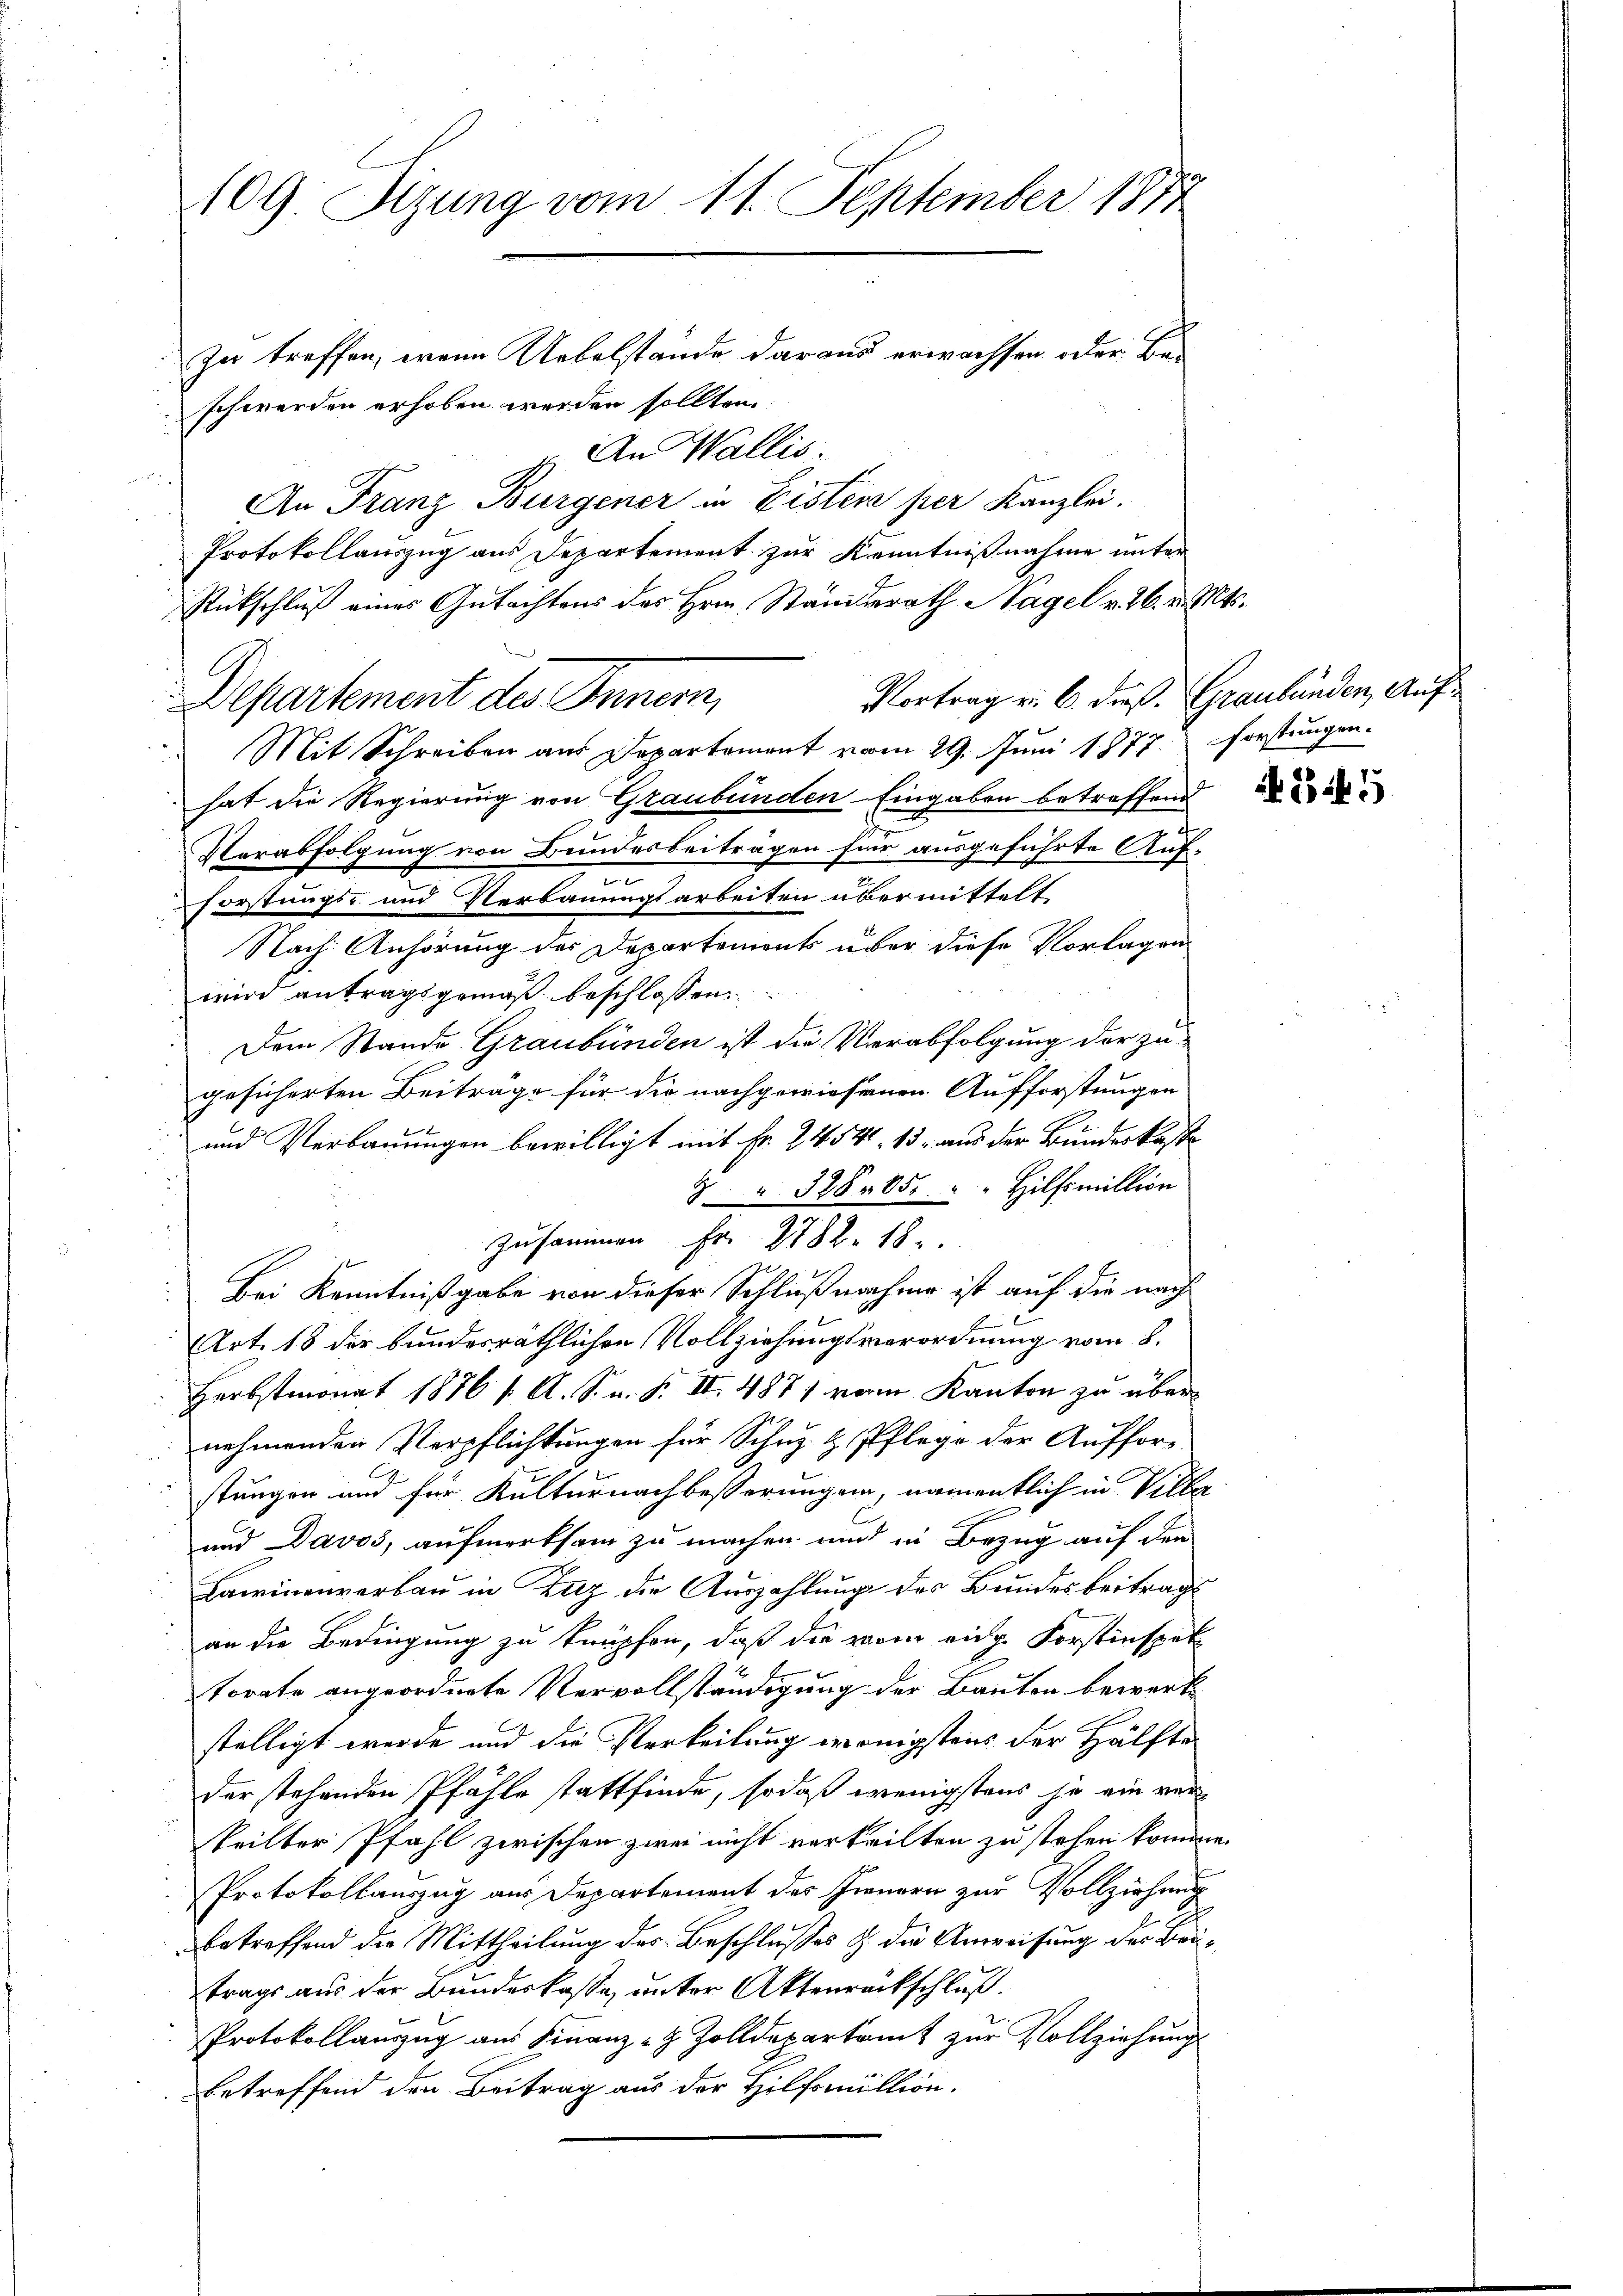
109. Sizung vom 11. September 1874
zu treffen, wenn Uebelstände daraus erwachsen oder Beschwerden erhoben werden sollten.

An Wallis.
An Franz Burgener in Eisten per Kanzlei.
Protokollauszug aus Departement zur Kenntnißnahme unter
Rückschluß eines Gutachtens des Hrn. Standerath Nagel v. 26. v. Mts.
Vortrag v. 6. dieß. Graubünden, Auf¬
Mit Schreiben aus Departement vom 29. Juni 1877. Forstungen.
hat die Regierung von Graubünden Eingaben betreffend
Verabfolgung von Bundesbeiträgen für ausgeführte Auf-
v
Forstungs- und Verbauungsarbeiten übermittelt
Nach Anhörung des Departements über diese Vorlagen
wird antragsgemäß beschlossen:
Dem Stande Graubünden ist die Verabfolgung der zu-
gesicherten Beitrage für die nachgewiesenen Aufforstungen
 und Verbauungen bewilligt mit Fr. 2454. 15 aus der Bundeskaste
 32805. " " Hilfsmillion
zusammen Fr. 282. 18
Bei Kenntnißgabe von dieser Schlußnahme ist auf die nach
Art. 18 der bundesräthlichen Vollziehungsverordnung vom 8.
Herbstmonat 1876 1. A. S. n. F. II. 487 vom Kanton zu übernehmenden Verpflichtungen für Schuz- & Pflege der Auffor-
stungen und für Kulturnachbesserungen, namentlich in Villa
und Davos, aufmerksam zu machen und in Bezug auf den
Lawinenverbau in Zuz die Auszahlung des Bundesbeitrags
an die Bedingung zu knüpfen, daß die vom eidg. Forstinspek
torate angeordnete Vervollständigung der Bauten bewerke
stelligt werde und die Verteilung wenigstens der Hälfte
der stehenden Pfähle stattfinde, sodaß wenigstens je ein verteilter Pfahl zwischen zwei nicht verkeilten zu stehen komme.
Protokollauszug aus Departement des Innern zur Vollziehung
betreffend die Mittheilung des Beschlusses & die Anweisung des Beitrags aus der Bundeskasse, unter Aktenrackschluß.
Protokollauszug aus Finanz-Z Zolldepartamt zur Vollziehung.
betreffend den Beitrag aus der Hilfsmillion.

Departement des Innern,

EN 5